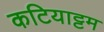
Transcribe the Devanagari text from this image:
कटियाट्टम